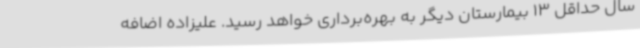
سال حداقل 13 بیمارستان دیگر به بهره‌برداری خواهد رسید. علیزاده اضافه